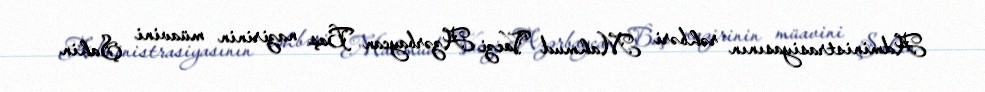
Administrasiyasının rəhbəri Mahmud Vaezi Azərbaycan Baş nazirinin müavini Şahin